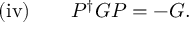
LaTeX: \mathrm { ( i v ) } \qquad P ^ { \dagger } G P = - G .